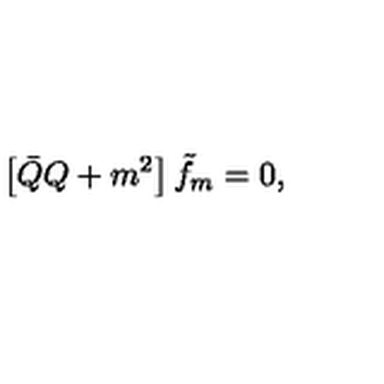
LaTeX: \left[ \bar { Q } Q + m ^ { 2 } \right] \tilde { f } _ { m } = 0 ,